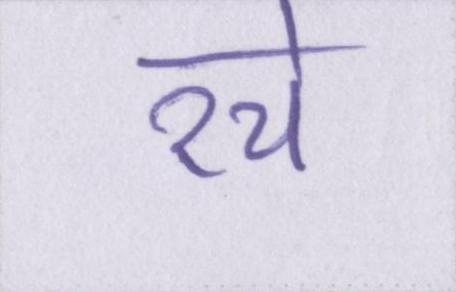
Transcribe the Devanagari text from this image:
रचे